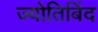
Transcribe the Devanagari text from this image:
ज्योतिबिंद